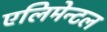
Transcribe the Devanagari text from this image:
एलिमेन्टल